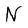
Character: N